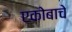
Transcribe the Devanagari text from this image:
एकोबाचे